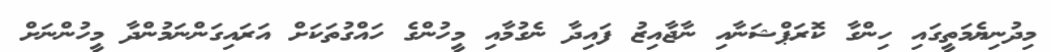
މިދުނިޔެމަތީގައި ހިންގާ ކޮރަޕްޝަނާއި ނާޖާއިޒު ފައިދާ ނެގުމާއި މީހުންގެ ހައްގުތަކަށް އަރައިގަންނަމުންދާ މީހުންނަށް